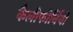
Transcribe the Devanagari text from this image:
कैलीफोर्नियो